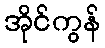
အိုင်ကွန်